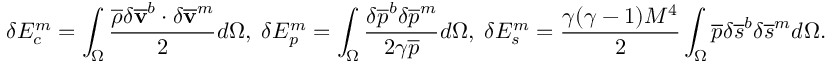
\delta E _ { c } ^ { m } = \int _ { \Omega } \frac { \overline { { \rho } } \delta { \mathbf { \overline { { v } } } } ^ { b } \cdot \delta { \mathbf { \overline { { v } } } } ^ { m } } { 2 } d \Omega , \; \delta E _ { p } ^ { m } = \int _ { \Omega } \frac { \delta \overline { { p } } ^ { b } \delta \overline { { p } } ^ { m } } { 2 \gamma \overline { { p } } } d \Omega , \; \delta E _ { s } ^ { m } = \frac { \gamma ( \gamma - 1 ) M ^ { 4 } } { 2 } \int _ { \Omega } \overline { { p } } \delta { { \overline { { s } } } } ^ { b } \delta { { \overline { { s } } } } ^ { m } d \Omega .